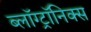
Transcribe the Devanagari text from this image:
ब्लॉग्ट्रॉनिक्स